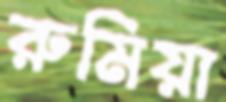
রুমিয়া